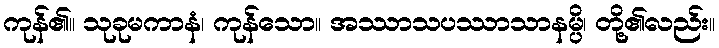
ကုန်၏။ သုခုမကာနံ၊ ကုန်သော။ အဿာသပဿာသာနမ္ပိ၊ တို့၏လည်း။